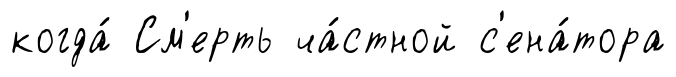
когда́ См'ерть ча́стной с'ена́тора